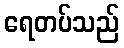
ရေတပ်သည်